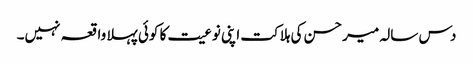
دس سالہ میر حسن کی ہلاکت اپنی نوعیت کا کوئی پہلا واقعہ نہیں۔